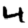
Digit: 4